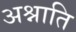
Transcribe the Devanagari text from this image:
अश्नाति